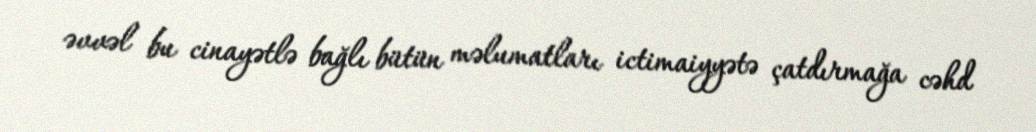
əvvəl bu cinayətlə bağlı bütün məlumatları ictimaiyyətə çatdırmağa cəhd